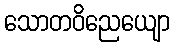
သောတဝိညေယျော